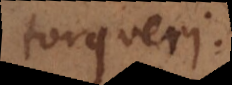
torqueri.